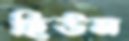
হিউম